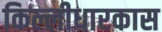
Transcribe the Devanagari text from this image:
किल्लीधारकास